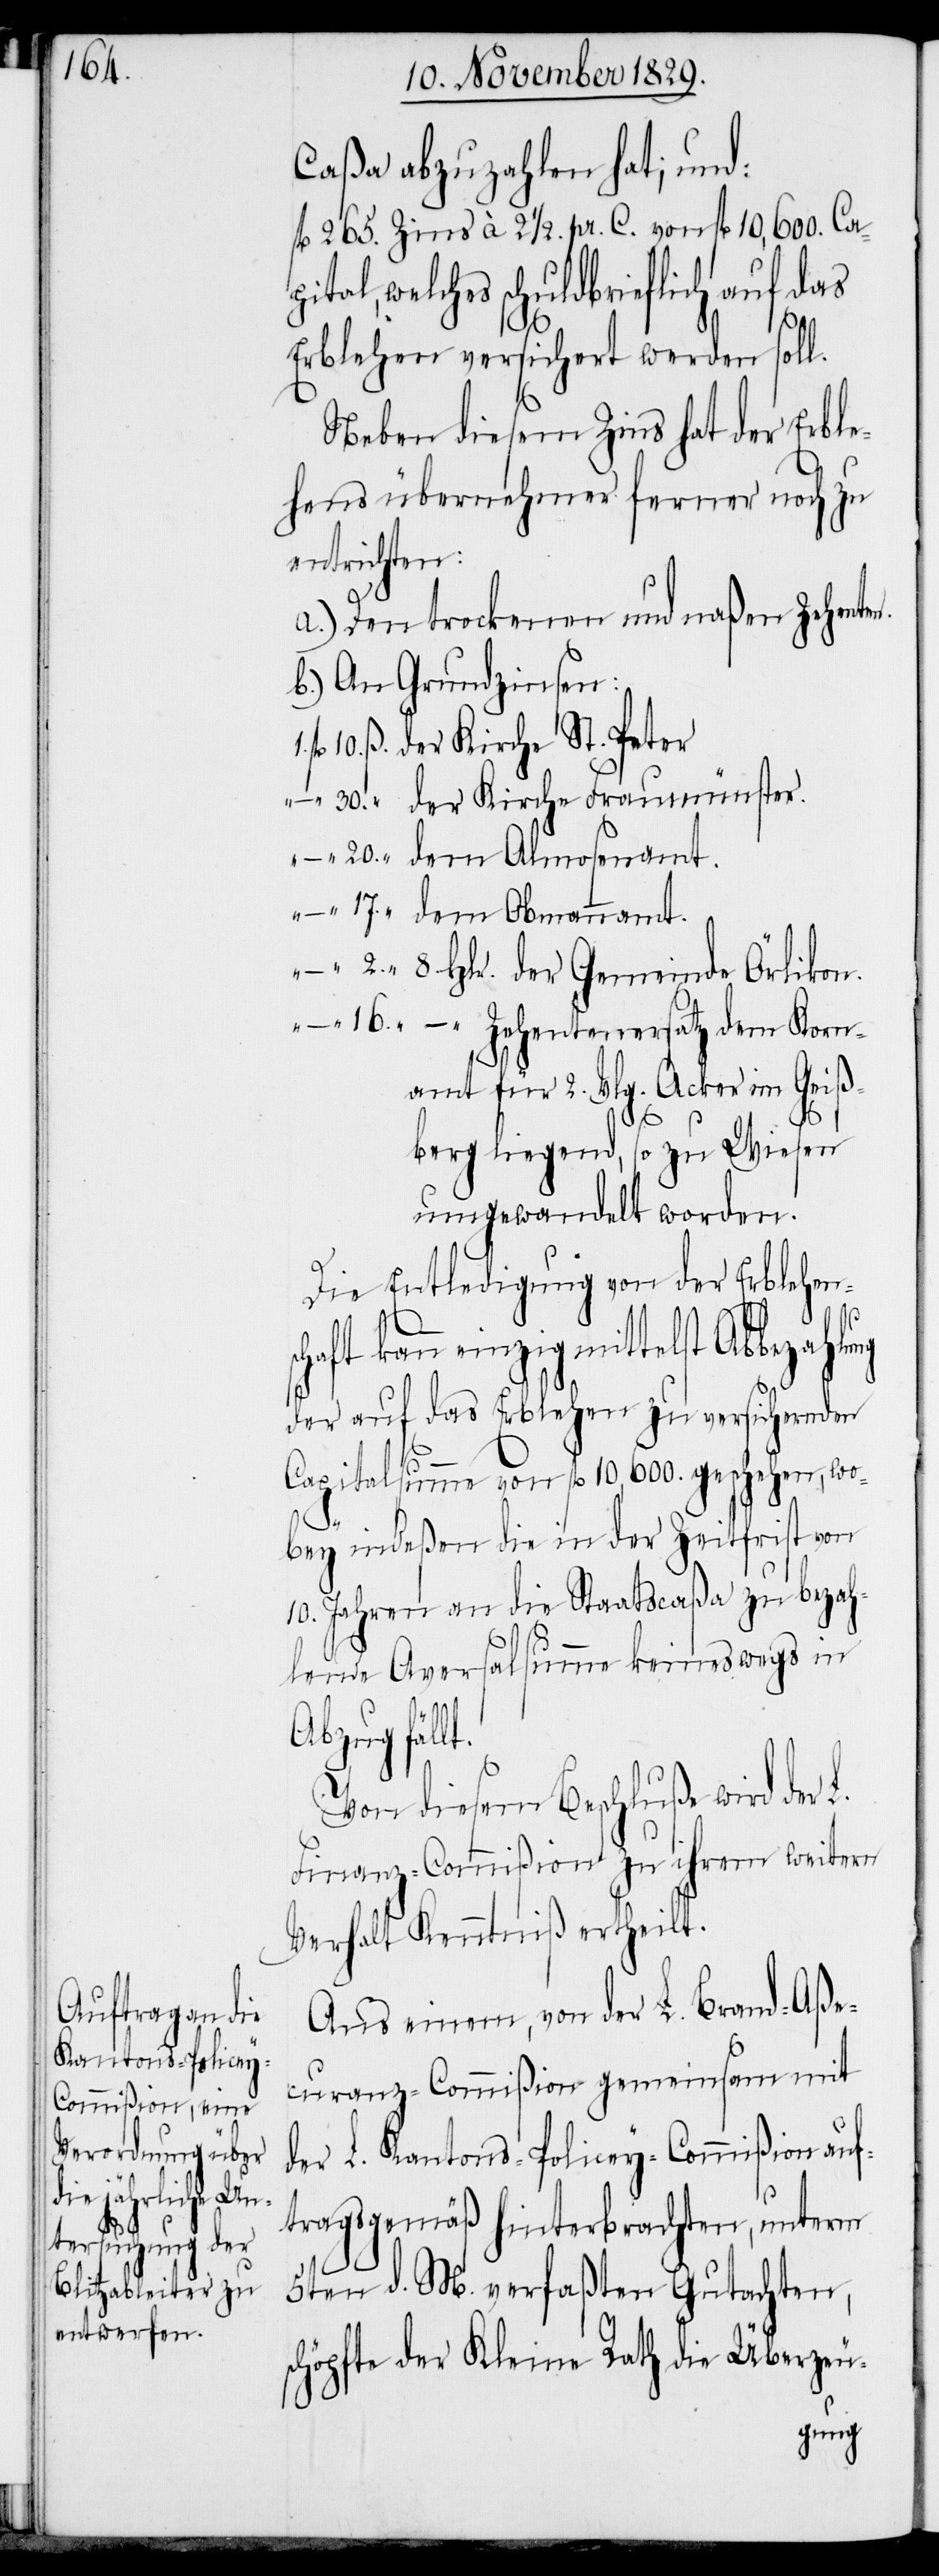
16.

Ko¬

Caßa abzuzahlen hat; und:
fl 265. Zins à 2 1/2. pr. C. von fl 10,600. Cap¬
ital, welches schuldbrieflich auf das
Erblehen versichert werden soll.
Neben diesem Zins hat der Erble¬
hensübernehmer ferner noch zu
entrichten:
a.) Den trockenen und naßen Zehenten.
b.) An Grundzinsen:
der Kirche St. Peter
der Kirche Fraumünster.
dem Almosenamt.
dem Obmannamt.
namt für 2. Vlg. Acker im Geiß¬
berg liegend, so zu Wiesen
umgewandelt worden.
Die Entledigung von der Erblehen¬
s¬
chaft kann einzig mittelst Abbezahl¬
der auf das Erblehen zu versichernden
Capitalsumme von fl 10,600. geschehen, wo¬
bey indeßen die in der Zeitfrist von
10. Jahren an die Staatscaßa zu bezah¬
lende Aversalsumme keineswegs in
r¬
Abzug fällt.
Von diesem Beschluße wird der
Finanz-Commißion zu ihrem weitern
Verhalt Kenntniß ertheilt.
Aus einem, von der L. Brand-Aße¬
curanz-Commißion gemeinsam mit
der L. Kantons-Policey-Commißion auf¬
tragsgemäß hinterbrachten, unterm
5ten d. M. verfaßten Gutachten,
schöpfte der Kleine Rath die Überzeu-
ung